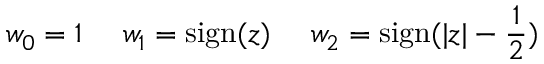
w _ { 0 } = 1 \ \ \ \ w _ { 1 } = \mathrm { s i g n } ( z ) \ \ \ \ w _ { 2 } = \mathrm { s i g n } ( | z | - { \frac { 1 } { 2 } } )